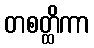
တစတ္ထိကာ